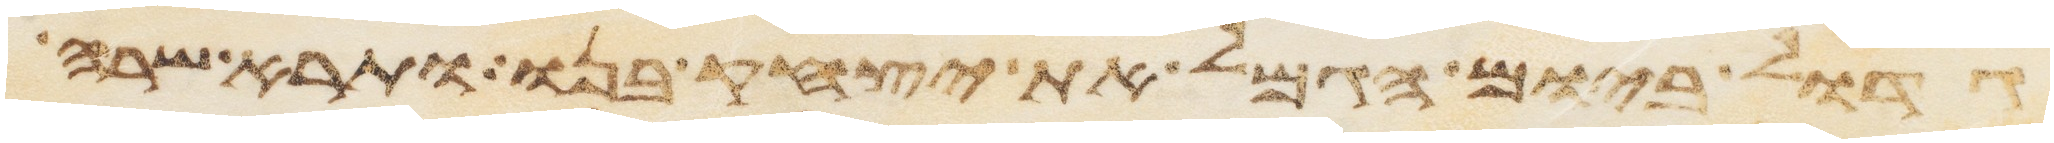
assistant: גדול ביום הגמל את יצחק בנו ותרא שרה